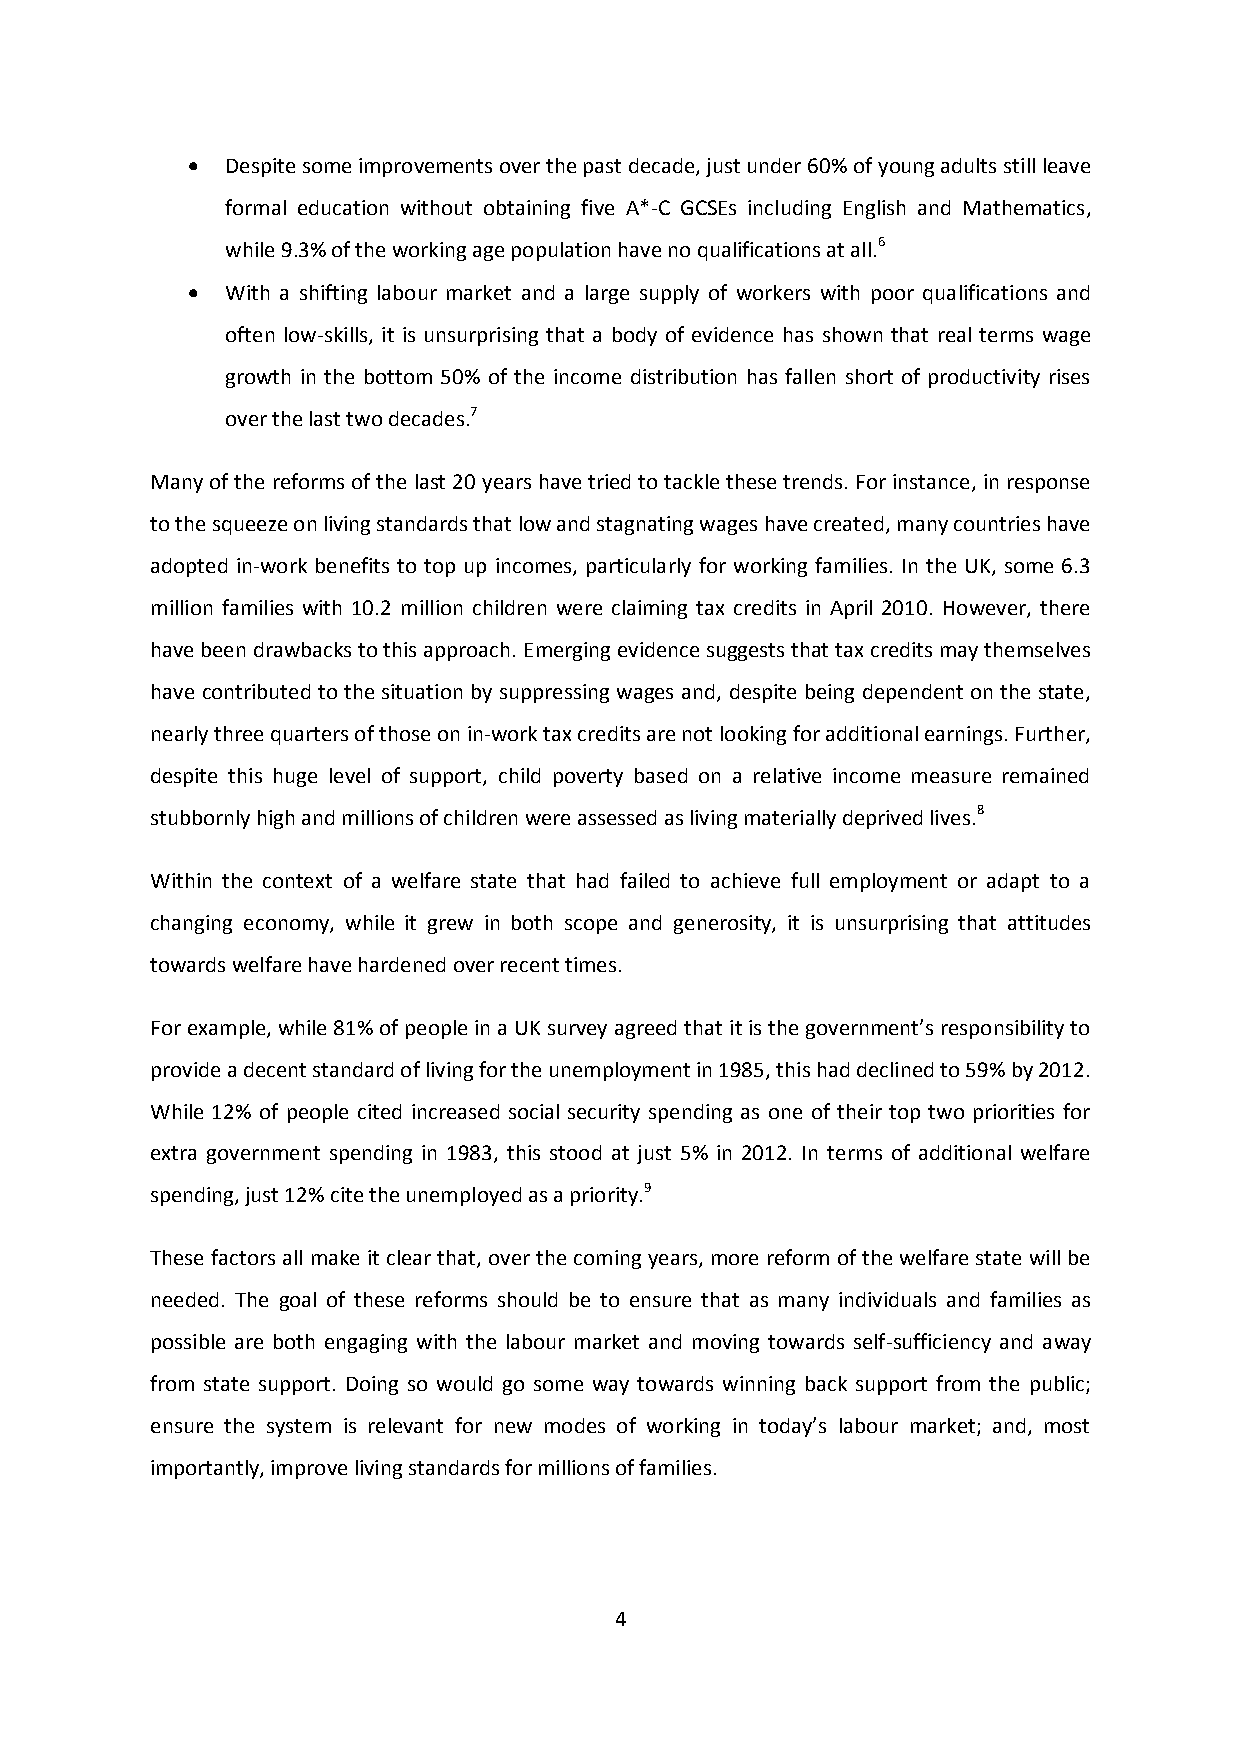
  Despite some improvements over the past decade, just under 60% of young adults still leave
 formal education without obtaining five A*-C GCSEs including English and Mathematics,
 while 9.3% of the working age population have no qualifications at all.6
   With a shifting labour market and a large supply of workers with poor qualifications and
 often low-skills, it is unsurprising that a body of evidence has shown that real terms wage
 growth in the bottom 50% of the income distribution has fallen short of productivity rises
 over the last two decades.7
 Many of the reforms of the last 20 years have tried to tackle these trends. For instance, in response
 to the squeeze on living standards that low and stagnating wages have created, many countries have
 adopted in-work benefits to top up incomes, particularly for working families. In the UK, some 6.3
 million families with 10.2 million children were claiming tax credits in April 2010. However, there
 have been drawbacks to this approach. Emerging evidence suggests that tax credits may themselves
 have contributed to the situation by suppressing wages and, despite being dependent on the state,
 nearly three quarters of those on in-work tax credits are not looking for additional earnings. Further,
 despite this huge level of support, child poverty based on a relative income measure remained
 stubbornly high and millions of children were assessed as living materially deprived lives.8
 Within the context of a welfare state that had failed to achieve full employment or adapt to a
 changing economy, while it grew in both scope and generosity, it is unsurprising that attitudes
 towards welfare have hardened over recent times.
 For example, while 81% of people in a UK survey agreed that it is the government’s responsibility to
 provide a decent standard of living for the unemployment in 1985, this had declined to 59% by 2012.
 While 12% of people cited increased social security spending as one of their top two priorities for
 extra government spending in 1983, this stood at just 5% in 2012. In terms of additional welfare
 spending, just 12% cite the unemployed as a priority.9
 These factors all make it clear that, over the coming years, more reform of the welfare state will be
 needed. The goal of these reforms should be to ensure that as many individuals and families as
 possible are both engaging with the labour market and moving towards self-sufficiency and away
 from state support. Doing so would go some way towards winning back support from the public;
 ensure the system is relevant for new modes of working in today’s labour market; and, most
 importantly, improve living standards for millions of families.
 4